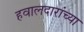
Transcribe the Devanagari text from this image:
हवालदारांच्या